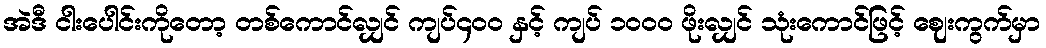
အဲဒီ ငါးပေါင်းကိုတော့ တစ်ကောင်လျှင် ကျပ်၄၀ဝ နှင့် ကျပ် ၁၀ဝ၀ ဖိုးလျှင် သုံးကောင်ဖြင့် ဈေးကွက်မှာ